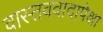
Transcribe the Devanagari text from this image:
वास्तववादापेक्षा